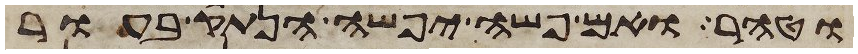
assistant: וטהר ואם פשה יפשה הנתק בעור